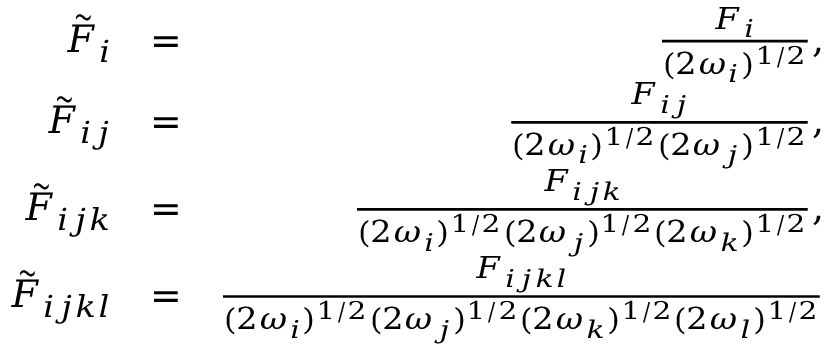
\begin{array} { r l r } { \tilde { F } _ { i } } & { = } & { \frac { F _ { i } } { ( 2 \omega _ { i } ) ^ { 1 / 2 } } , } \\ { \tilde { F } _ { i j } } & { = } & { \frac { F _ { i j } } { ( 2 \omega _ { i } ) ^ { 1 / 2 } ( 2 \omega _ { j } ) ^ { 1 / 2 } } , } \\ { \tilde { F } _ { i j k } } & { = } & { \frac { F _ { i j k } } { ( 2 \omega _ { i } ) ^ { 1 / 2 } ( 2 \omega _ { j } ) ^ { 1 / 2 } ( 2 \omega _ { k } ) ^ { 1 / 2 } } , } \\ { \tilde { F } _ { i j k l } } & { = } & { \frac { F _ { i j k l } } { ( 2 \omega _ { i } ) ^ { 1 / 2 } ( 2 \omega _ { j } ) ^ { 1 / 2 } ( 2 \omega _ { k } ) ^ { 1 / 2 } ( 2 \omega _ { l } ) ^ { 1 / 2 } } } \end{array}